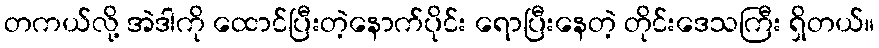
တကယ်လို့ အဲဒါကို ထောင်ပြီးတဲ့နောက်ပိုင်း ရောပြီးနေတဲ့ တိုင်းဒေသကြီး ရှိတယ်။